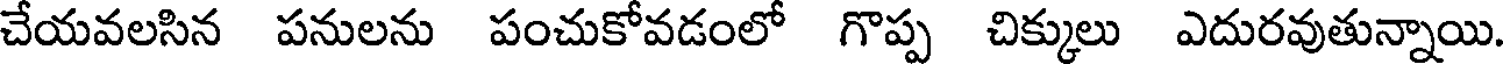
చేయవలసిన పనులను పంచుకోవడంలో గొప్ప చిక్కులు ఎదురవుతున్నాయి.